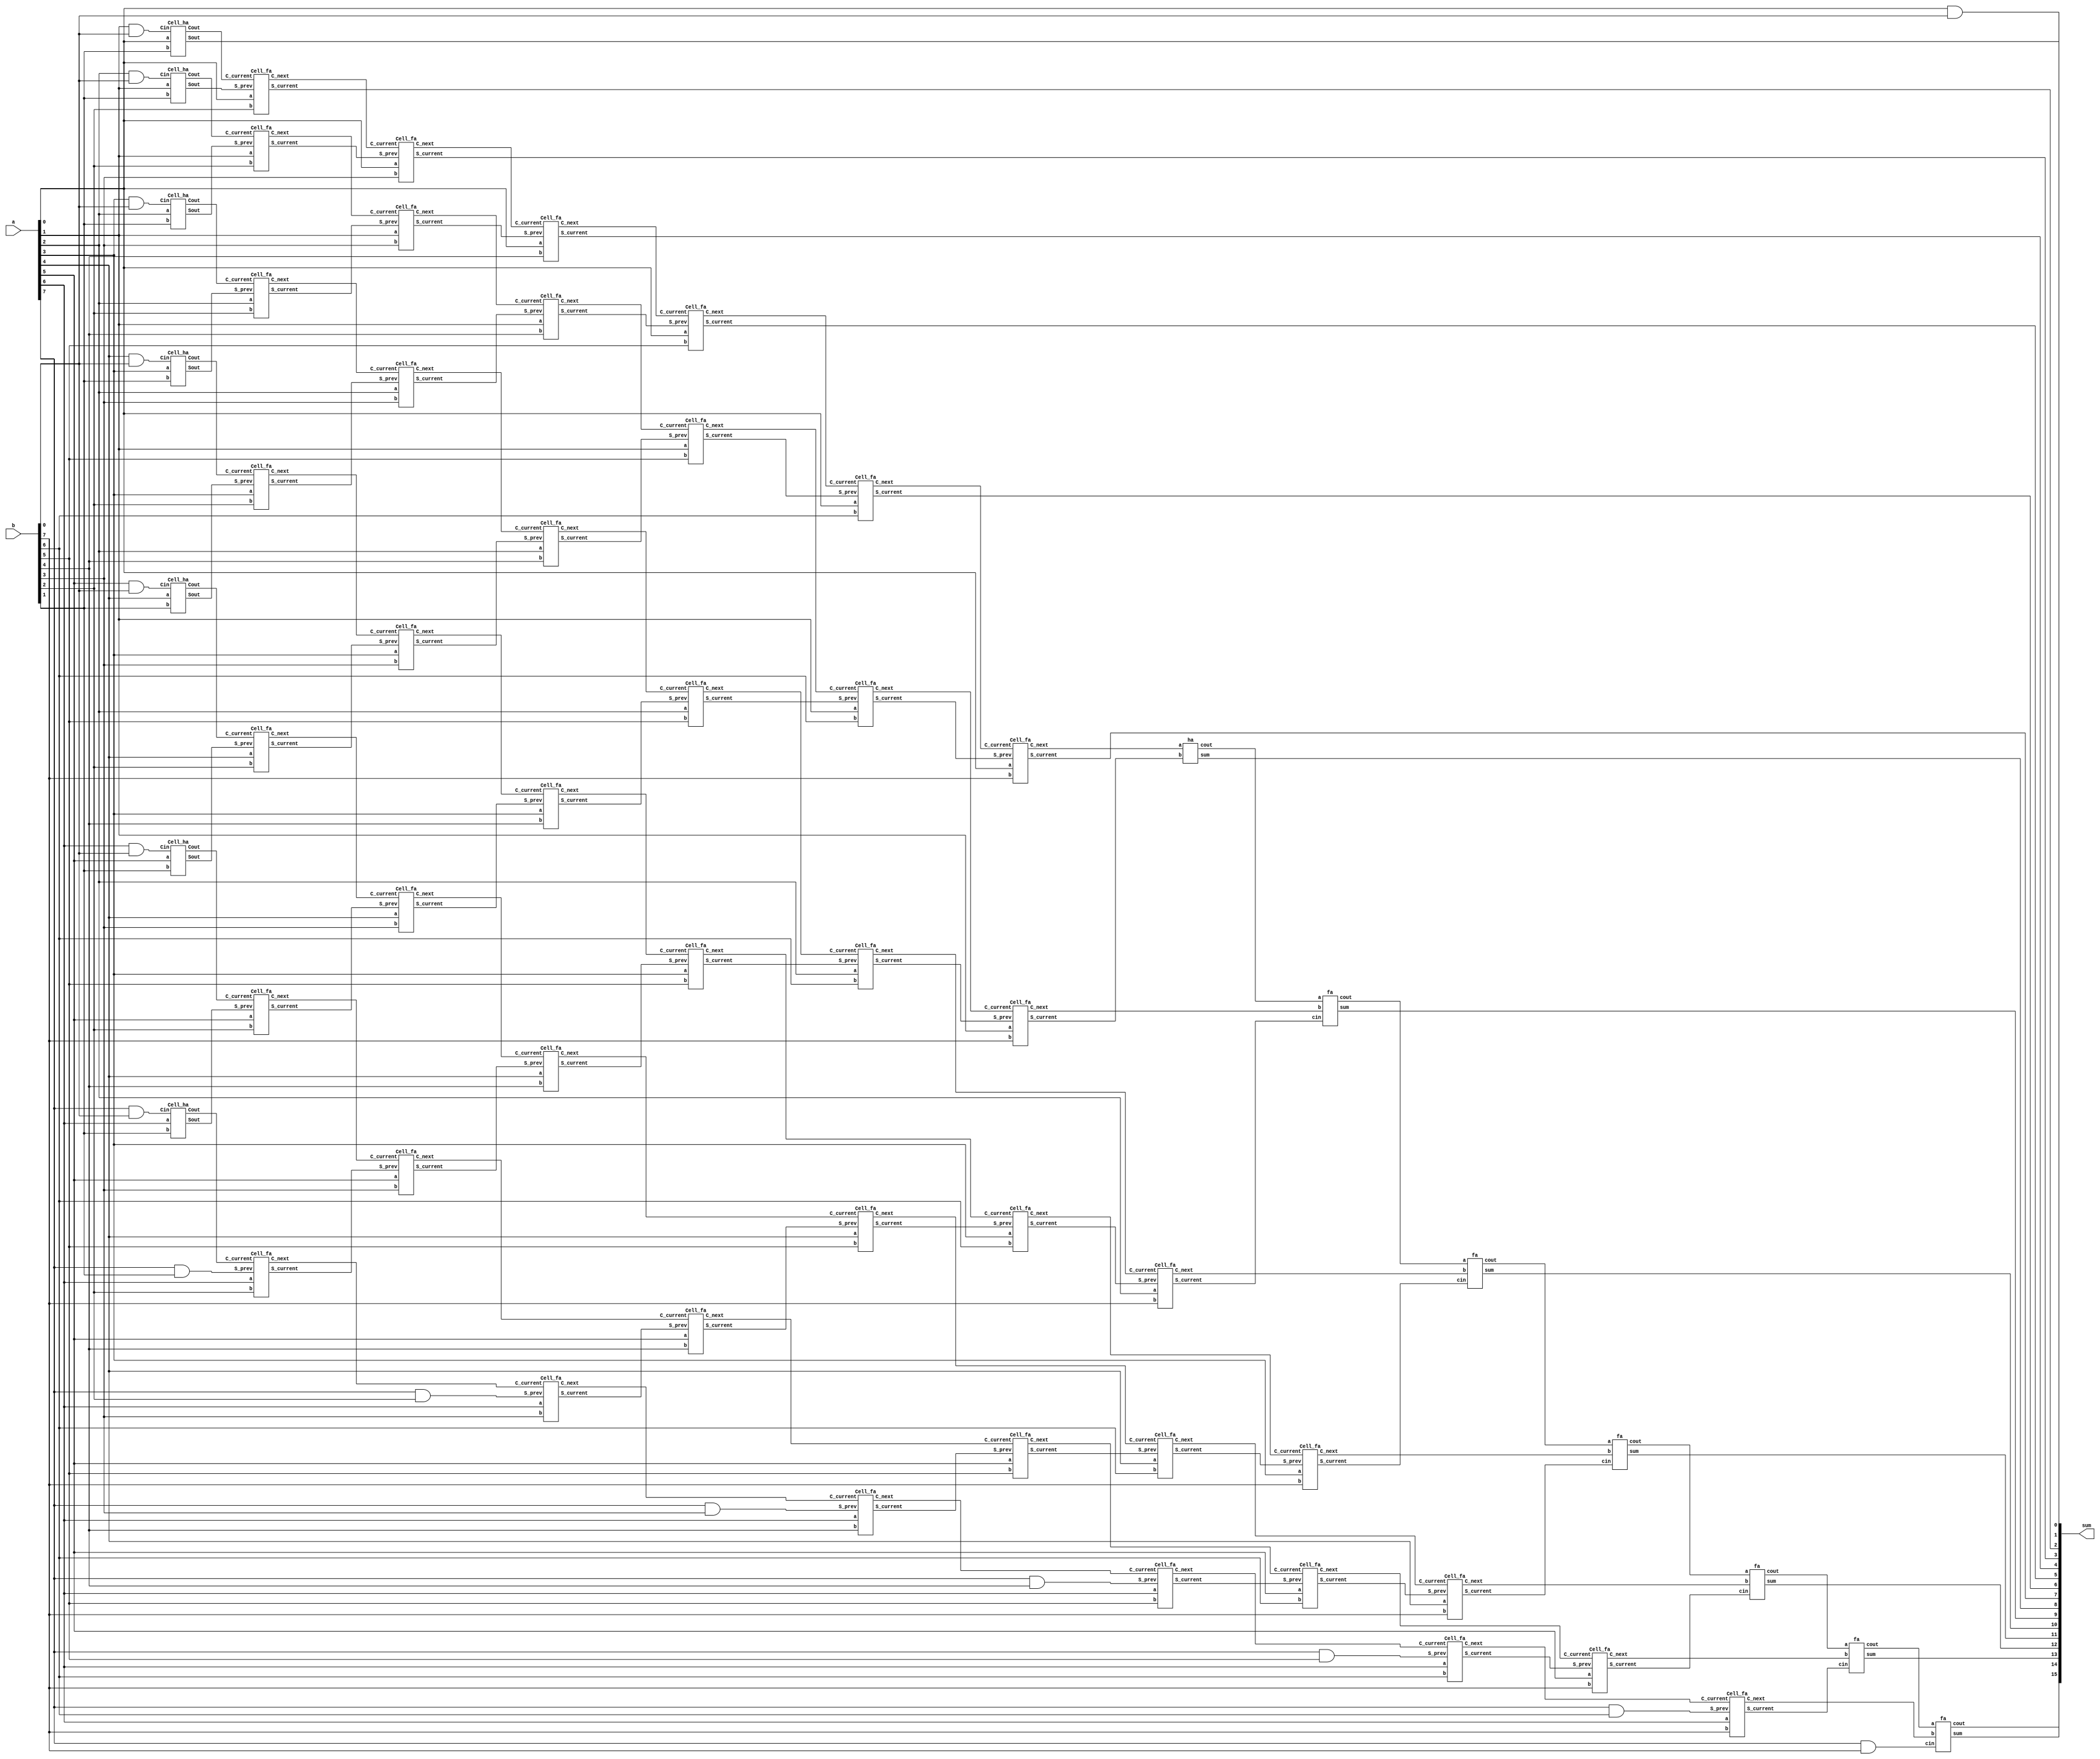
`timescale 1ns / 1ns
module array_multiplier(a, b, sum);

// Modify for 8x8, 16x16 etc.
parameter n = 8;

input wire [n-1:0]a;
input wire [n-1:0]b;
output [2*n-1:0] sum;

wire [n-1:0] g[n-1:0]; 
wire [2*n-1:0] C[2*n-1:0];
wire [2*n-1:0] S[2*n-1:0];
wire [2*n-1:0]Cout;
wire [2*n-1:0]p;

// Generate 2n-1 gates
genvar i;
generate
for(i = 0; i < n; i = i + 1)
begin
    and(g[i][0], a[i], b[0]);
end

for(i = n-1; i >= 0; i = i-1)
begin
    and(g[n-1][i], a[n-1], b[i]);
end

endgenerate


// Generate half adder cell for 2nd row
generate

for(i = 0; i < n-1; i = i+1) begin

    Cell_ha c(a[i], b[1], g[i+1][0], C[i][1], S[i][1]);

end

endgenerate


// Generate full adder cells
generate 

genvar j;

for(j = 2; j < n; j = j+1) 
begin
    
    
    for(i = 0; i < n-1; i = i + 1) begin
    
        if(i == (n-2)) begin
        
        Cell_fa f(a[i], b[j], g[i+1][j-1], C[i][j-1], C[i][j], S[i][j]);
        
        end
        else begin
    
        Cell_fa f(a[i], b[j], S[i+1][j-1], C[i][j-1], C[i][j], S[i][j]);
        end
        
    end

end

endgenerate


// First half adder of last row
ha h1(C[0][n-1], S[1][n-1], p[n], Cout[n]);


// Full adders for the MSB bits in last row
generate

for(i = 1; i < (n-1); i = i + 1) begin

    if(i == (n-2)) begin
    fa f(Cout[i+n-1], C[i][n-1], g[i+1][n-1], p[i+n], p[i+n+1]);
    
    end
    else begin 
    fa f(Cout[i+n-1], C[i][n-1], S[i+1][n-1], p[i+n], Cout[i+n]);
    end

end

endgenerate

assign sum = {p[2*n-1:n], S[0][n-1:1], g[0][0]};


endmodule

module fa (a, b, cin, sum, cout);
    input a;
    input b;
    input cin;
    output sum;
    output cout;

    // Implement 9-gate Full Adder
    wire a_or_b, a_and_b, not_a_and_b, stage_1_op;
    wire cin_and_first, cin_or_first, not_cin_and_first;

    or (a_or_b, a, b);
    and (a_and_b, a, b);
    not (not_a_and_b, a_and_b);
    and (stage_1_op, not_a_and_b, a_or_b);

    or (cin_or_first, stage_1_op, cin);
    and (cin_and_first, stage_1_op, cin);
    not (not_cin_and_first, cin_and_first);
    and (sum, not_cin_and_first, cin_or_first);

    or (cout, a_and_b, cin_and_first);

endmodule

module ha (a, b, sum, cout);
    input a;
    input b;
    output sum;
    output cout; 

    wire a_and_b, a_or_b, not_a_and_b;

    or (a_or_b, a, b);
    and (a_and_b, a, b);
    not (not_a_and_b, a_and_b);
    and (sum, not_a_and_b, a_or_b);

    and (cout, a, b);

endmodule


module Cell_ha(a, b, Cin, Cout, Sout);

input a, b, Cin;
output Cout, Sout;

wire t;

and(t, a, b);

ha h(t, Cin, Sout, Cout);


endmodule

module Cell_fa(a, b, S_prev, C_current, C_next, S_current);

output C_next, S_current;
input a, b, S_prev, C_current;

wire t;

and(t, a, b);

fa f(t, S_prev, C_current, S_current, C_next);


endmodule